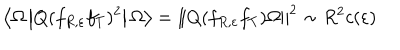
LaTeX: \left\langle \Omega \left| Q ( f _ { R , \varepsilon } f _ { T } ) ^ { 2 } \right| \Omega \right\rangle = \left\| Q ( f _ { R , \varepsilon } f _ { T } ) \Omega \right\| ^ { 2 } \sim R ^ { 2 } c ( \varepsilon )